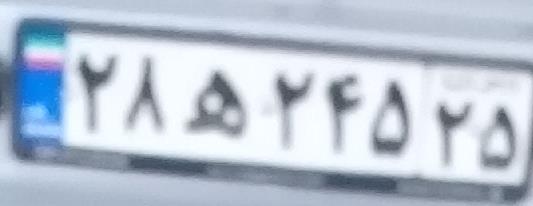
۲۸ه۲۴۵۲۵